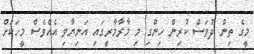
މީގެ ތިން ދުވަސް ކުރިން ހިންގި މި މާރާމާރީގައި އަނިޔާވި އެއްވެސް މީހަކަށް